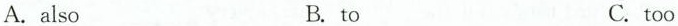
A.also B.to C.too